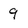
Character: 9